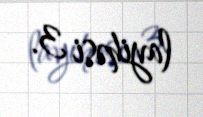
layihəsi 3.